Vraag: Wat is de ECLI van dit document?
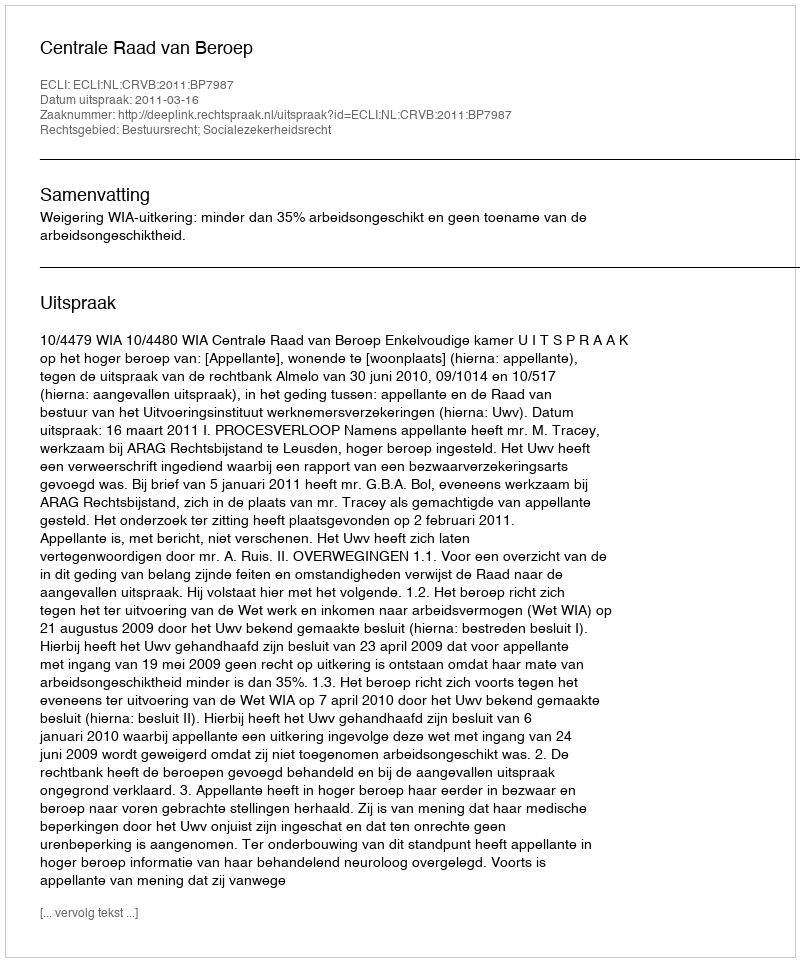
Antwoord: ECLI:NL:CRVB:2011:BP7987